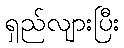
ရှည်လျားပြီး